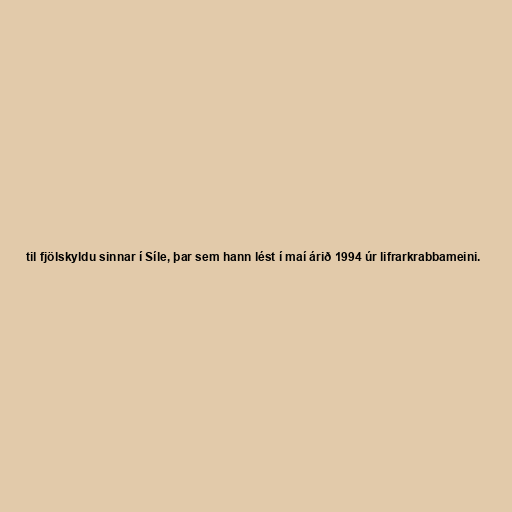
til fjölskyldu sinnar í Síle, þar sem hann lést í maí árið 1994 úr lifrarkrabbameini.